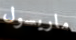
ماريسول